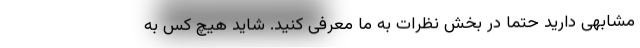
مشابهی دارید حتماً در بخش نظرات به ما معرفی کنید. شاید هیچ کس به